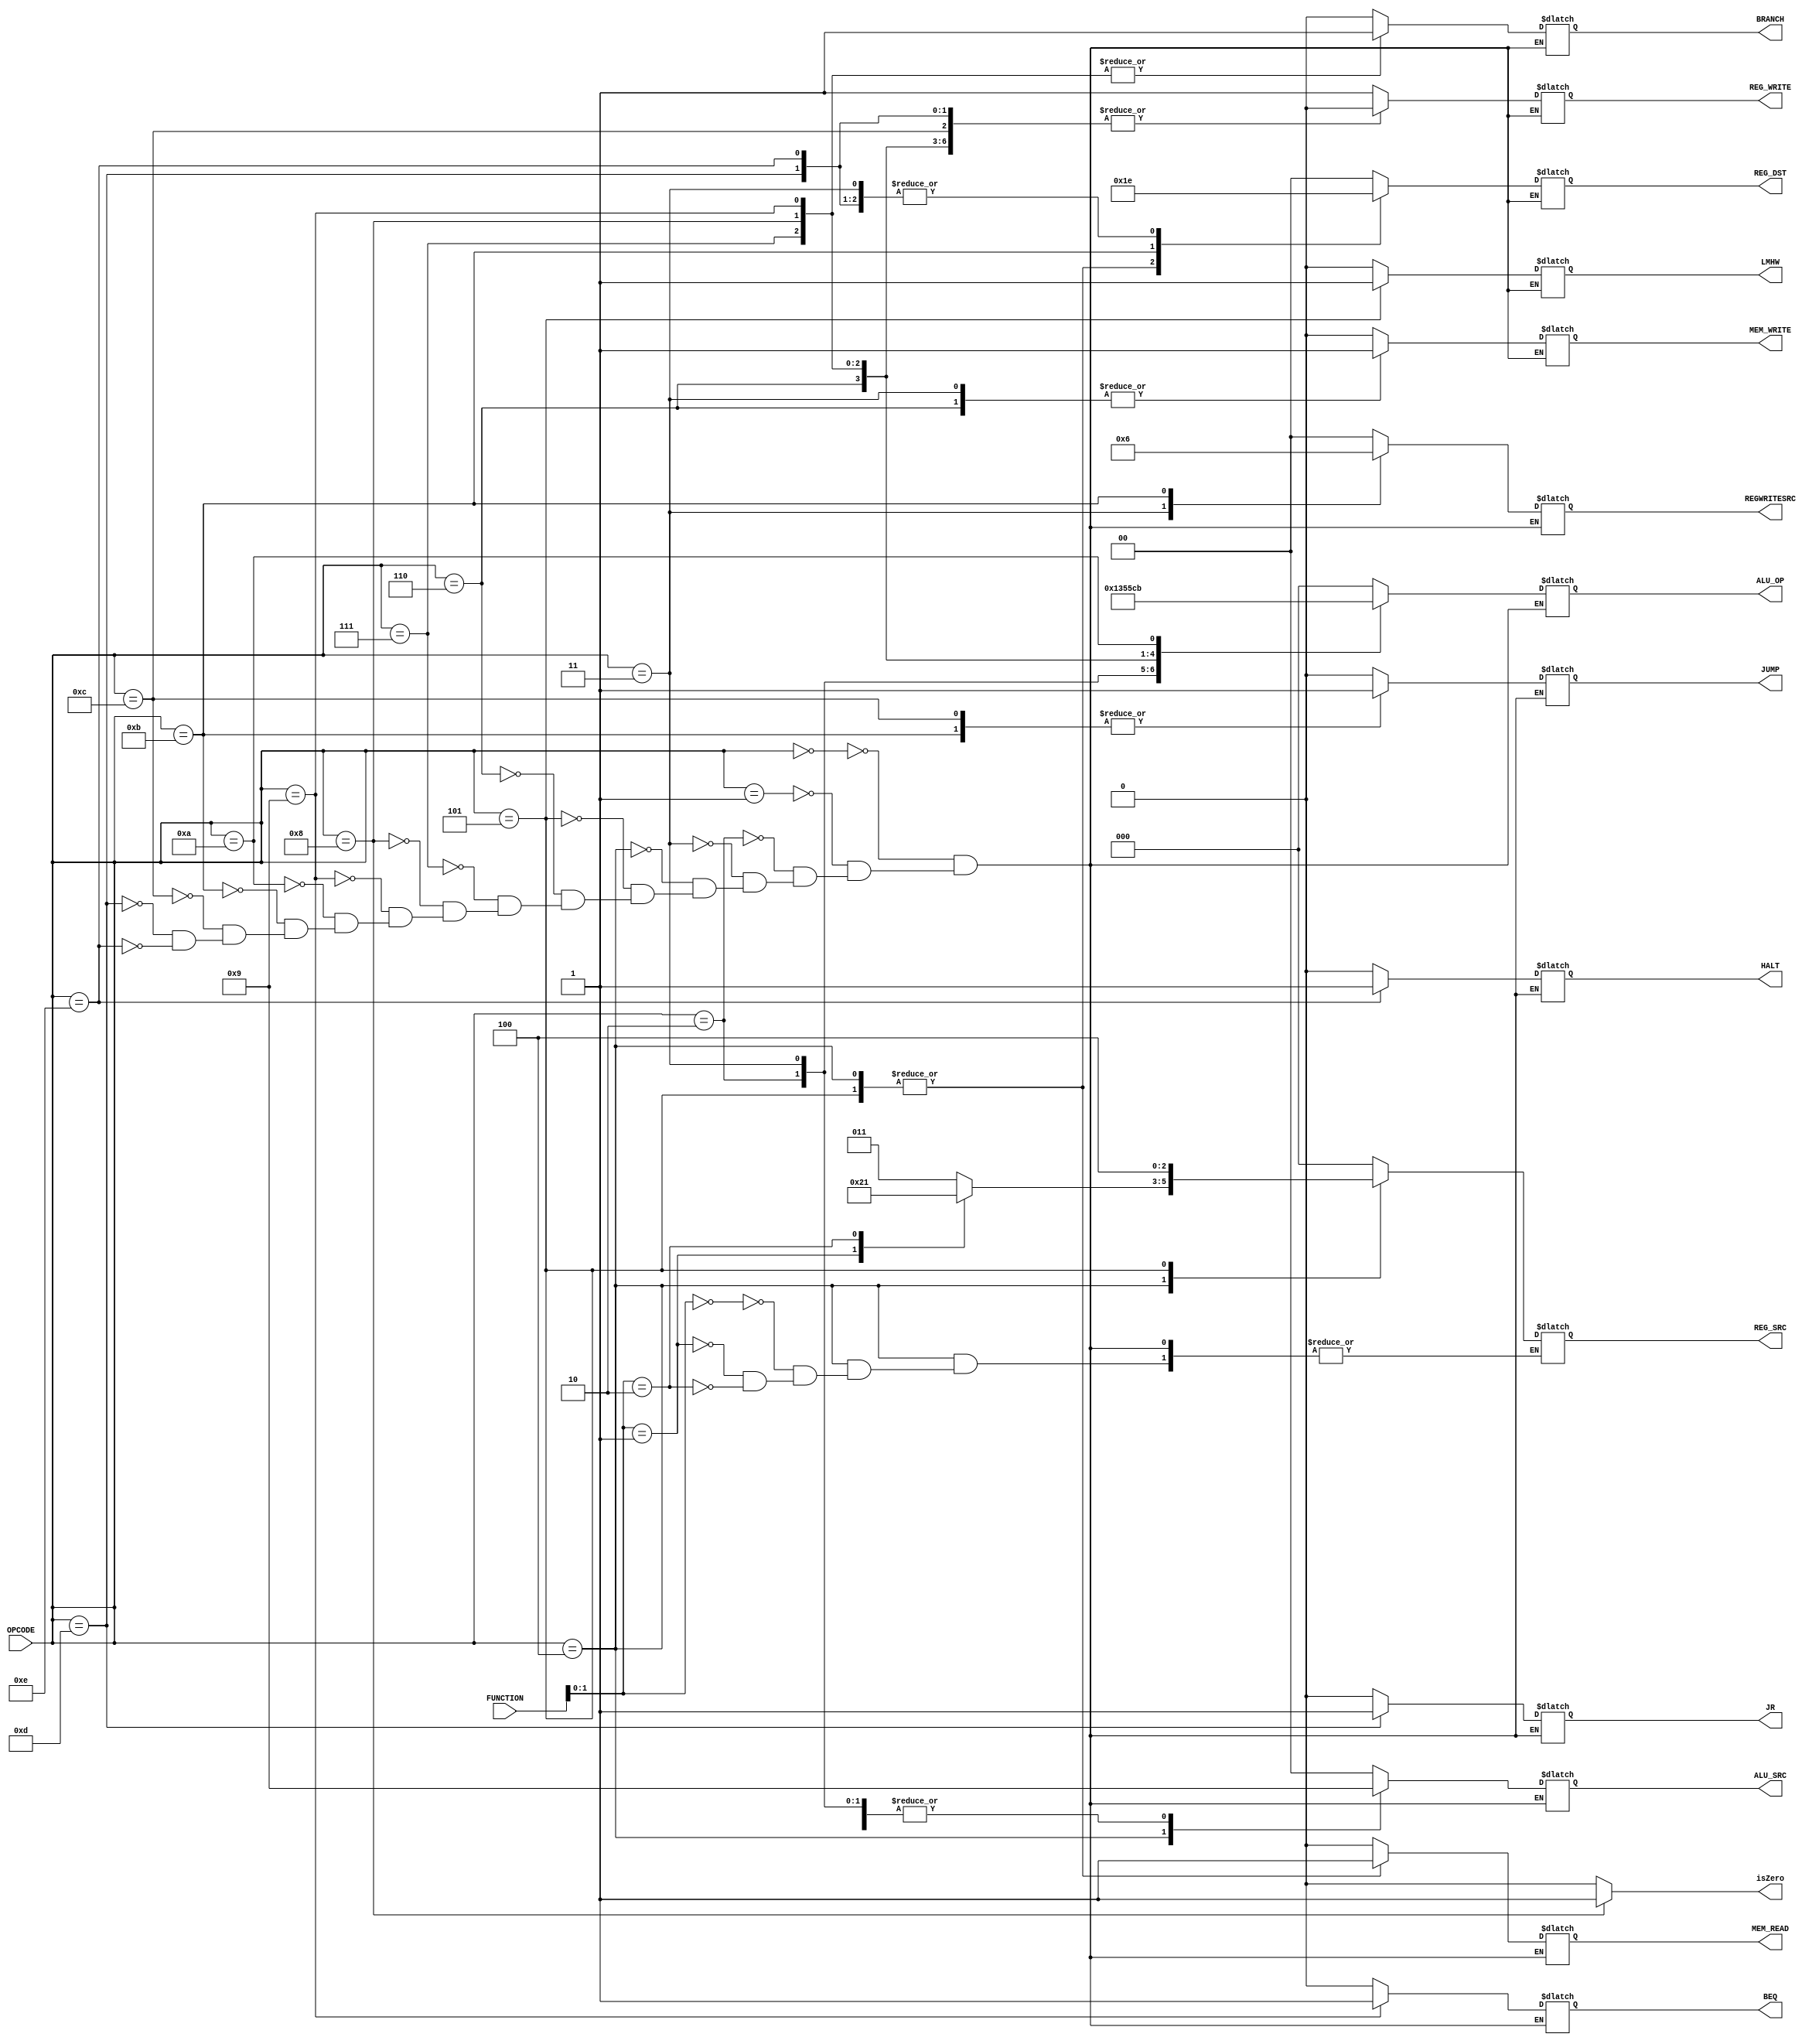
`timescale 1ns / 1ps
//////////////////////////////////////////////////////////////////////////////////
// Company: 
// Engineer: 
// 
// Design Name: 
// Module Name:    Control 
// Project Name: 
// Target Devices: 
// Tool versions: 
// Description: 
//
// Dependencies: 
//
// Revision: 
// Revision 0.01 - File Created
// Additional Comments: 
//
//////////////////////////////////////////////////////////////////////////////////
	module Control(
    input [3:0] OPCODE,
	 input [2:0] FUNCTION,
    output reg MEM_READ,
	 output reg MEM_WRITE,
	 output reg [2:0] ALU_OP,
    output reg [1:0] ALU_SRC,
	 output reg BRANCH,
	 output reg BEQ,
	 output reg JUMP,
	 output reg JR,
	 output reg LMHW,
	 output reg REG_WRITE,
	 output reg isZero,
	 output reg [2:0] REG_SRC,
	 output reg [1:0] REG_DST,
	 output reg [1:0] REGWRITESRC,
	 output reg HALT
	
	 );
	
	always @(OPCODE, FUNCTION)
	begin
	
		isZero = 0;
		//0 add, 1 = sub, 2 = last zero, 3 = declare, 4 shift right, 5 shift left, 6 push
		case(OPCODE)
			0 : //add
			begin
				MEM_READ = 0;
				MEM_WRITE = 0;
				ALU_OP = 3'b000;//add
				ALU_SRC = 0;
				BRANCH =0;
				BEQ = 0;
				JUMP = 0;
				JR = 0;
				LMHW = 0;
				REG_WRITE = 1;
				REG_SRC = 3'b000;
				REG_DST = 2'b00;
				REGWRITESRC =2'b00;
				HALT = 0;
			end
			
			1 : //addi
			begin
				MEM_READ = 0;
				MEM_WRITE = 0;
				ALU_OP = 3'b000;//add
				ALU_SRC = 1;
				BRANCH =0;
				BEQ = 0;
				JUMP = 0;
				JR = 0;
				LMHW = 0;
				REG_WRITE = 1;
				REG_SRC = 3'b000;
				REG_DST = 2'b00;
				REGWRITESRC =2'b00;
				HALT = 0;
			end
			
			2 : //shift
			begin
				MEM_READ = 0;
				MEM_WRITE = 0;
/*				if (FUNCTION[2] == 0) 
					ALU_OP = 5;//shift left
				else*/
			   ALU_OP = 4;//shift right
				ALU_SRC = 1;
				BRANCH =0;
				BEQ = 0;
				JUMP = 0;
				JR = 0;
				LMHW = 0;
				REG_WRITE = 1;
				REG_SRC = 3'b000;
				REG_DST = 2'b00;
				REGWRITESRC =2'b00;
				HALT = 0;
			end
			
			3 : //push - there is no pop
			begin
				MEM_READ = 0;
				MEM_WRITE = 1;
				ALU_OP = 3'b110; // push
				ALU_SRC = 1;
				BRANCH =0;
				BEQ = 0;
				JUMP = 0;
				JR = 0;
				LMHW = 0;
				REG_WRITE = 1;
				REG_SRC = 3'b000;
				REG_DST = 2'b10;
				REGWRITESRC =2'b01;
				HALT = 0;
			end
			
			4 : //lhw, lhw2, lmhwsp
				//controls for load?
			begin
				MEM_READ = 1;
				MEM_WRITE = 0;
				ALU_OP = 3'b000;//add
				ALU_SRC = 2;
				BRANCH =0;
				BEQ = 0;
				JUMP = 0;
				JR = 0;
				LMHW = 0;
				REG_WRITE = 1;
				case(FUNCTION[1:0])
					0 : REG_SRC=3;
					1 : REG_SRC=4;
					2 : REG_SRC=1;
				endcase
				REG_DST = 2'b01;
				REGWRITESRC =2'b00;
				HALT = 0;
			end
			
			5 : //lmhw
			begin
				MEM_READ = 1;
				MEM_WRITE = 0;
				ALU_OP = 3'b000;//add
				ALU_SRC = 1;
				BRANCH =0;
				BEQ = 0;
				JUMP = 0;
				JR = 0;
				LMHW = 1;
				REG_WRITE = 1;
				REG_SRC = 4;
				REG_DST = 2'b01;
				REGWRITESRC =2'b00;
				HALT = 0;
			end
			
			6 : //shw
			begin
				MEM_READ = 0;
				MEM_WRITE = 1;
				ALU_OP = 5;//add to load
				ALU_SRC = 1;
				BRANCH =0;
				BEQ = 0;
				JUMP = 0;
				JR = 0;
				LMHW = 0;
				REG_WRITE = 0;
				REG_SRC = 0;
				REG_DST = 0; 
				REGWRITESRC =0; 
				HALT = 0;
			end
			
			7 : //last0
			begin
				MEM_READ = 0;
				MEM_WRITE = 0;
				ALU_OP = 3'b010; //last zero
				ALU_SRC = 0;//don't care
				BRANCH =1;
				BEQ = 0;
				JUMP = 0;
				JR = 0;
				LMHW = 0;
				REG_WRITE = 0;
				REG_SRC = 3'b000;
				REG_DST = 2'b10; //don't care
				REGWRITESRC =2'b00;//don't care
				HALT = 0;
			end
			
			8 : //is0
			begin
				MEM_READ = 0;
				MEM_WRITE = 0;
				ALU_OP = 3'b111; //7, is 0
				ALU_SRC = 0;//don't care
				BRANCH =1;
				BEQ = 0;
				JUMP = 0;
				JR = 0;
				LMHW = 0;
				REG_WRITE = 0;
				REG_SRC = 3'b000; 
				REG_DST = 2'b00; //don't care
				REGWRITESRC =2'b00; //don't care
				HALT = 0;
				isZero=1;
			end
			
			9 : //beq
			begin
				MEM_READ = 0;
				MEM_WRITE = 0;
				ALU_OP = 3'b001; //sub
				ALU_SRC = 0;
				BRANCH =1;
				BEQ = 1;
				JUMP = 0;
				JR = 0;
				LMHW = 0;
				REG_WRITE = 0;
				REG_SRC = 3'b000;
				REG_DST = 2'b00;//don't care
				REGWRITESRC =2'b00; //don't care
				HALT = 0;
			end
			
			10 : //dclr
			begin
				MEM_READ = 0;
				MEM_WRITE = 0;
				ALU_OP = 3'b011; //dclr
				ALU_SRC = 1;
				BRANCH =0;
				BEQ = 0;
				JUMP = 0;
				JR = 0;
				LMHW = 0;
				REG_WRITE = 1;
				REG_SRC = 3'b000;//don't care
				REG_DST = 2'b00;
				REGWRITESRC =2'b00;
				HALT = 0;
			end
			
			11 : //jal
			begin
				MEM_READ = 0;
				MEM_WRITE = 0;
				ALU_OP = 3'b000;//don't care
				ALU_SRC = 0; //don't care
				BRANCH =0; //don't care
				BEQ = 0;
				JUMP = 1;
				JR = 0;
				LMHW = 0;
				REG_WRITE = 1;
				REG_SRC = 3'b000; //don't care
				REG_DST = 2'b11;
				REGWRITESRC =2'b10;
				HALT = 0;
			end
			
			12: //j
			begin
				MEM_READ = 0;
				MEM_WRITE = 0;
				ALU_OP = 3'b000;//don't care
				ALU_SRC = 0; //don't care
				BRANCH =0;//don't care
				BEQ = 0;
				JUMP = 1;
				JR = 0;
				LMHW = 0;
				REG_WRITE = 0;
				REG_SRC = 3'b000;//don't care
				REG_DST = 2'b00; //don't care
				REGWRITESRC =2'b00; //don't care
				HALT = 0;
			end
			
			13: //jr
			begin
				MEM_READ = 0;
				MEM_WRITE = 0;
				ALU_OP = 3'b000;//don't care
				ALU_SRC = 0;
				BRANCH =0;
				BEQ = 0; //don't care
				JUMP = 0; //don't care
				JR = 1;
				LMHW = 0;
				REG_WRITE = 0;
				REG_SRC = 3'b000; //don't care
				REG_DST = 2'b10; //don't care
				REGWRITESRC =2'b00; //don't care
				HALT = 0;
			end
			
			14 : //halt
			begin
				MEM_READ = 0;
				MEM_WRITE = 0;
				ALU_OP = 3'b000; //don't care
				ALU_SRC = 0;//don't care
				BRANCH =0;//don't care
				BEQ = 0;//don't care
				JUMP = 0;//don't care
				JR = 0;//don't care
				LMHW = 0;//don't care
				REG_WRITE = 0;
				REG_SRC = 3'b000;//don't care
				REG_DST = 2'b10;//don't care
				REGWRITESRC =2'b00;//don't care
				HALT = 1;
			end
			
		endcase
	
	end
endmodule